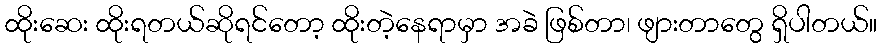
ထိုးဆေး ထိုးရတယ်ဆိုရင်တော့ ထိုးတဲ့နေရာမှာ အခဲ ဖြစ်တာ၊ ဖျားတာတွေ ရှိပါတယ်။